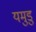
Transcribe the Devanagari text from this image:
यमुडु